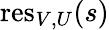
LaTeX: {\mathrm{res}}_{V,U}(s)